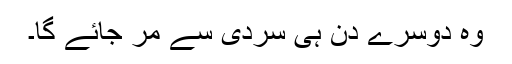
وہ دوسرے دن ہی سردی سے مر جائے گا۔